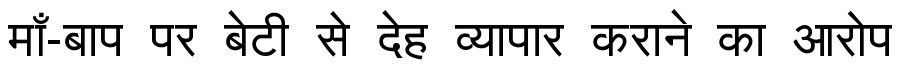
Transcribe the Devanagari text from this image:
माँ-बाप पर बेटी से देह व्यापार कराने का आरोप